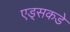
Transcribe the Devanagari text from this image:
एड्‌सकडे